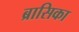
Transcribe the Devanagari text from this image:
ब्रासिका